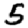
Digit: 5